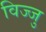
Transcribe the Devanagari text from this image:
विज्जु